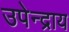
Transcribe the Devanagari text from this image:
उपेन्द्राय